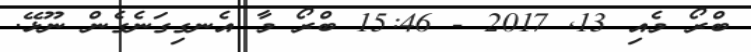
ބްރޯ މެއި 13